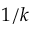
1 / k